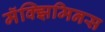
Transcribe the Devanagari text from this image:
मॅक्झिमिनस